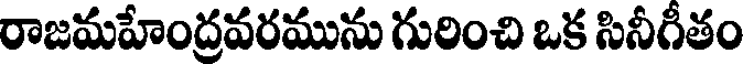
రాజమహేంద్రవరమును గురించి ఒక సినీగీతం